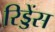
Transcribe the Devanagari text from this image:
रिड्डेंस